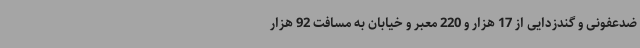
ضدعفونی و گندزدایی از 17 هزار و 220 معبر و خیابان به مسافت 92 هزار